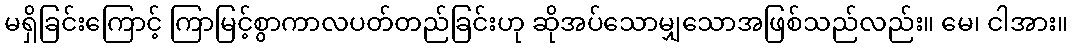
မရှိခြင်းကြောင့် ကြာမြင့်စွာကာလပတ်တည်ခြင်းဟု ဆိုအပ်သောမျှသောအဖြစ်သည်လည်း။ မေ၊ ငါအား။